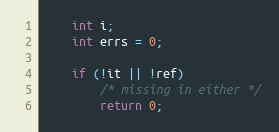
Language: C
	int i;
	int errs = 0;

	if (!it || !ref)
		/* missing in either */
		return 0;